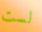
لست